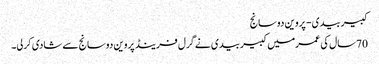
کبیربیدی- پروین دوسانج
70سال کی عمرمیں کبیربیدی نے گرل فرینڈ پروین دوسانج سے شادی کرلی۔